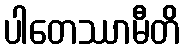
ပါတေဿာမီတိ